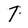
Character: 7